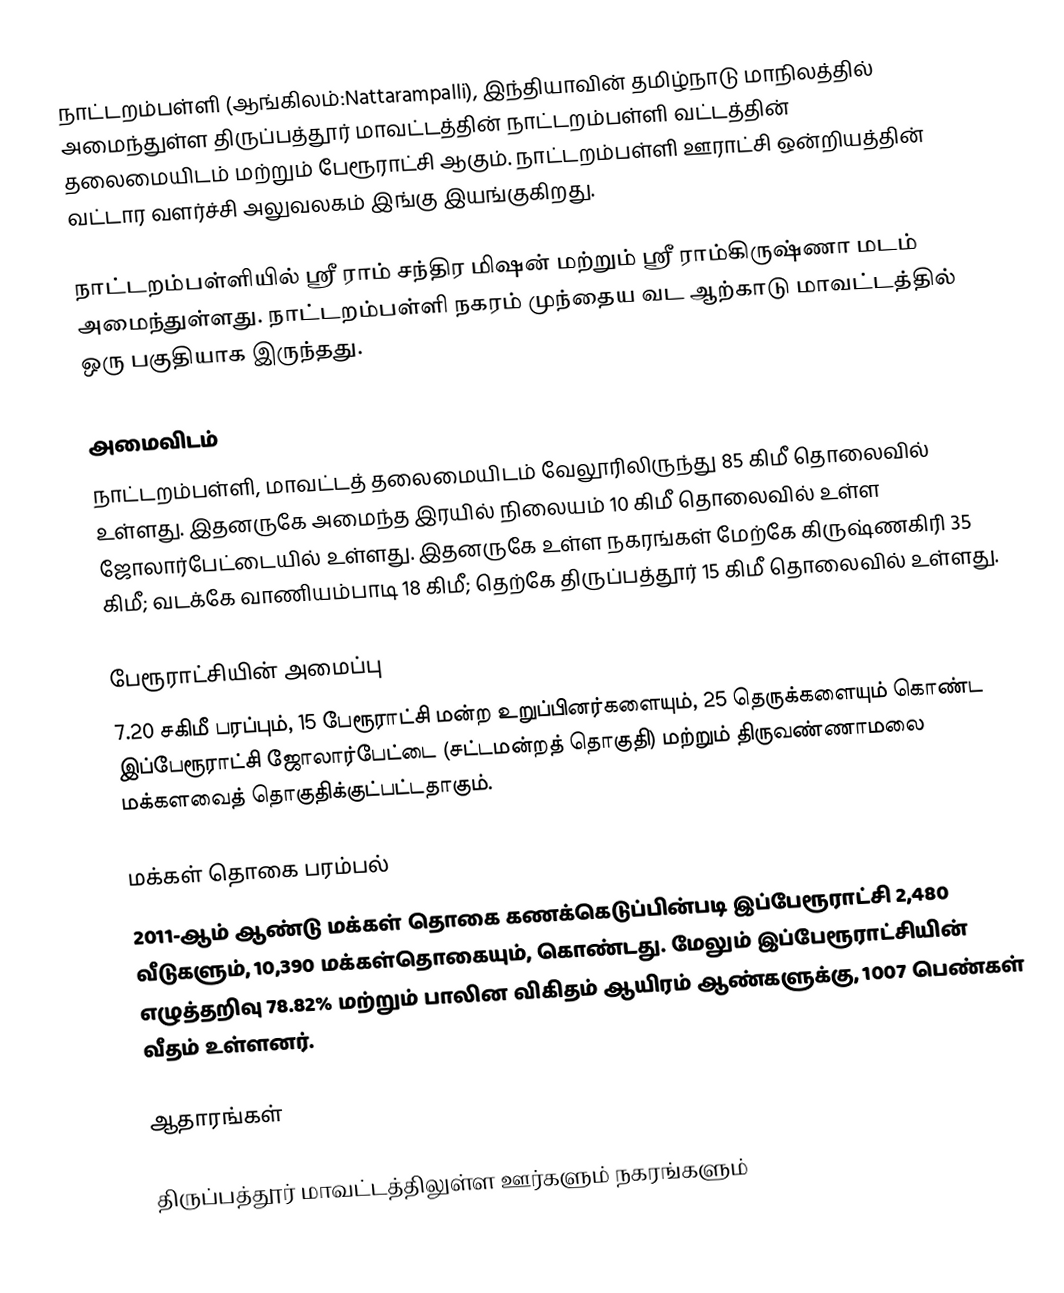
நாட்டறம்பள்ளி (ஆங்கிலம்:Nattarampalli), இந்தியாவின் தமிழ்நாடு மாநிலத்தில் அமைந்துள்ள திருப்பத்தூர் மாவட்டத்தின் நாட்டறம்பள்ளி வட்டத்தின் தலைமையிடம் மற்றும் பேரூராட்சி ஆகும். நாட்டறம்பள்ளி ஊராட்சி ஒன்றியத்தின் வட்டார வளர்ச்சி அலுவலகம் இங்கு இயங்குகிறது.

நாட்டறம்பள்ளியில் ஸ்ரீ ராம் சந்திர மிஷன் மற்றும் ஸ்ரீ ராம்கிருஷ்ணா மடம் அமைந்துள்ளது. நாட்டறம்பள்ளி நகரம் முந்தைய வட ஆற்காடு மாவட்டத்தில் ஒரு பகுதியாக இருந்தது.

அமைவிடம்
நாட்டறம்பள்ளி, மாவட்டத் தலைமையிடம் வேலூரிலிருந்து 85 கிமீ தொலைவில் உள்ளது. இதனருகே அமைந்த இரயில் நிலையம் 10 கிமீ தொலைவில் உள்ள ஜோலார்பேட்டையில் உள்ளது. இதனருகே உள்ள நகரங்கள் மேற்கே கிருஷ்ணகிரி 35 கிமீ; வடக்கே வாணியம்பாடி 18 கிமீ; தெற்கே திருப்பத்தூர் 15 கிமீ தொலைவில் உள்ளது.

பேரூராட்சியின் அமைப்பு
7.20 சகிமீ பரப்பும், 15  பேரூராட்சி மன்ற உறுப்பினர்களையும்,  25 தெருக்களையும்  கொண்ட இப்பேரூராட்சி ஜோலார்பேட்டை  (சட்டமன்றத் தொகுதி) மற்றும் திருவண்ணாமலை மக்களவைத் தொகுதிக்குட்பட்டதாகும்.

மக்கள் தொகை பரம்பல்
2011-ஆம் ஆண்டு மக்கள் தொகை கணக்கெடுப்பின்படி   இப்பேரூராட்சி 2,480 வீடுகளும், 10,390 மக்கள்தொகையும், கொண்டது. மேலும் இப்பேரூராட்சியின் எழுத்தறிவு  78.82%  மற்றும்  பாலின விகிதம்   ஆயிரம் ஆண்களுக்கு,      1007 பெண்கள் வீதம் உள்ளனர்.

ஆதாரங்கள்

திருப்பத்தூர் மாவட்டத்திலுள்ள ஊர்களும் நகரங்களும்